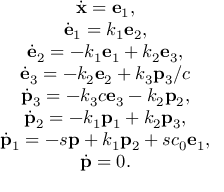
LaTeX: \begin{array} { c } { { \dot { \bf x } = { \bf e } _ { 1 } , } } \\ { { { \dot { \bf e } } _ { 1 } = k _ { 1 } { \bf e } _ { 2 } , } } \\ { { { \dot { \bf e } } _ { 2 } = - k _ { 1 } { \bf e } _ { 1 } + k _ { 2 } { \bf e } _ { 3 } , } } \\ { { { \dot { \bf e } } _ { 3 } = - k _ { 2 } { \bf e } _ { 2 } + k _ { 3 } { \bf p } _ { 3 } / c } } \\ { { { \dot { \bf p } } _ { 3 } = - k _ { 3 } c { \bf e } _ { 3 } - k _ { 2 } { \bf p } _ { 2 } , } } \\ { { { \dot { \bf p } } _ { 2 } = - k _ { 1 } { \bf p } _ { 1 } + k _ { 2 } { \bf p } _ { 3 } , } } \\ { { { \dot { \bf p } } _ { 1 } = - s { \bf p } + k _ { 1 } { \bf p } _ { 2 } + s c _ { 0 } { \bf e } _ { 1 } , } } \\ { { { \dot { \bf p } } = 0 . } } \end{array}